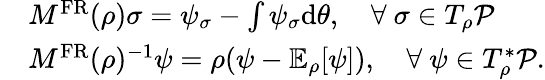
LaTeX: \begin{array}{rl}&{M^{\mathrm{FR}}(\rho)\sigma=\psi_{\sigma}-\int\psi_{\sigma}\mathrm{d}\theta,\quad\forall~\sigma\in T_{\rho}\mathcal{P}}\\ &{M^{\mathrm{FR}}(\rho)^{-1}\psi=\rho(\psi-\mathbb{E}_{\rho}[\psi]),\quad\forall~\psi\in T_{\rho}^{*}\mathcal{P}.}\end{array}